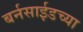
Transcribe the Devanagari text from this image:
बर्नसाईडच्या